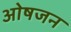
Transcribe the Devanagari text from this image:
ओषजन